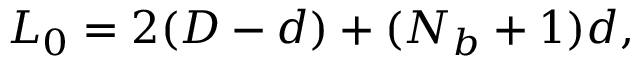
L _ { 0 } = 2 ( D - d ) + ( N _ { b } + 1 ) d ,